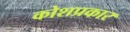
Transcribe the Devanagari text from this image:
कोशप्रकार